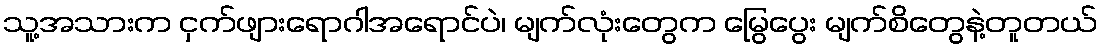
သူ့အသားက ငှက်ဖျားရောဂါအရောင်ပဲ၊ မျက်လုံးတွေက မြွေပွေး မျက်စိတွေနဲ့တူတယ်